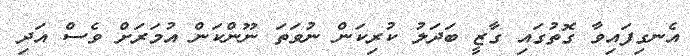
އެނގިފައިވާ ގޮތުގައި ގާޒީ ބަދަލު ކުރިކަން ނުވަތަ ނޫންކަން އުމަރަށް ވެސް އަދި